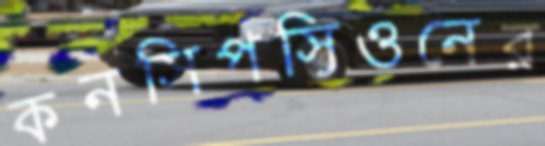
কনসিপসিওনের